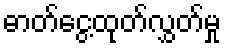
ဓာတ်ငွေ့ထုတ်လွှတ်မှု